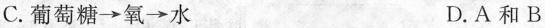
C.葡萄糖\rightarrow 氧\rightarrow 水 D.A和B